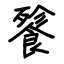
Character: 餮